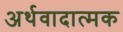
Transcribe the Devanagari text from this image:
अर्थवादात्मक